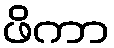
ဖိကာ